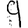
Digit: 9